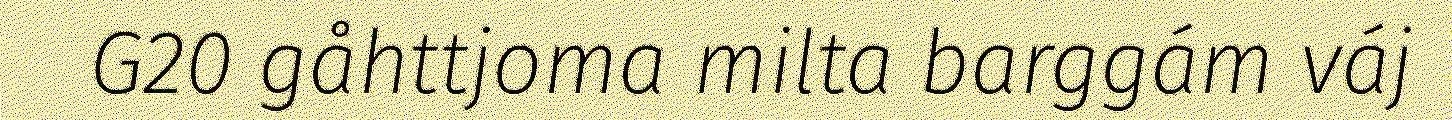
G20 gåhttjoma milta barggám váj